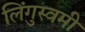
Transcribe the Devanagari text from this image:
लिंगुस्वमी